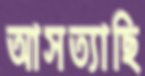
আসত্যাছি